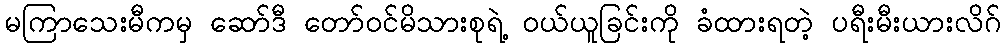
မကြာသေးမီကမှ ဆော်ဒီ တော်ဝင်မိသားစုရဲ့ ဝယ်ယူခြင်းကို ခံထားရတဲ့ ပရီးမီးယားလိဂ်